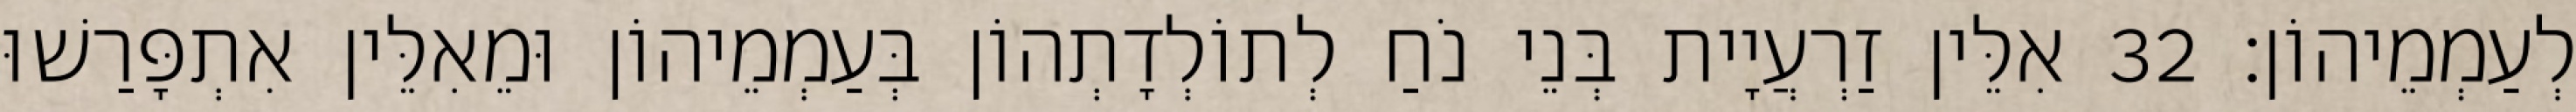
לְעַמְמֵיהוֹן׃ 32 אִלֵּין זַרְעֲיָית בְּנֵי נֹחַ לְתוֹלְדָתְהוֹן בְּעַמְמֵיהוֹן וּמֵאִלֵּין אִתְפָּרַשׁוּ